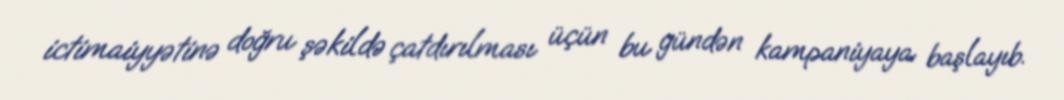
ictimaiyyətinə doğru şəkildə çatdırılması üçün bu gündən kampaniyaya başlayıb.